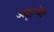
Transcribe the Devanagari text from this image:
अदृष्टचेष्टः